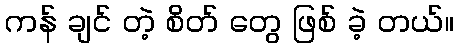
ကန် ချင် တဲ့ စိတ် တွေ ဖြစ် ခဲ့ တယ်။